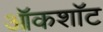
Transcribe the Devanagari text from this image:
ऑकशॉट